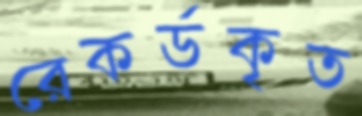
রেকর্ডকৃত